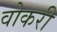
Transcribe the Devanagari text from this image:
वोकरी